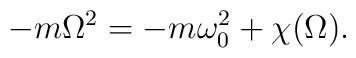
-m\Omega^2=-m\omega_0^2 + \chi(\Omega).